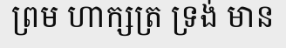
ព្រម ហាក្សត្រ ទ្រង់ មាន